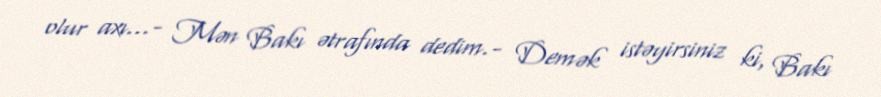
olur axı...- Mən Bakı ətrafında dedim.- Demək istəyirsiniz ki, Bakı